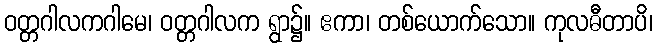
ဝတ္တဂါလကဂါမေ၊ ဝတ္တဂါလက ရွာ၌။ ဧကာ၊ တစ်ယောက်သော။ ကုလဓီတာပိ၊